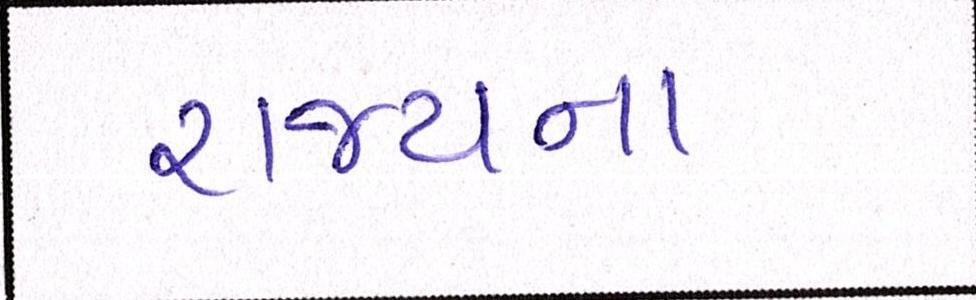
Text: રાજ્યના